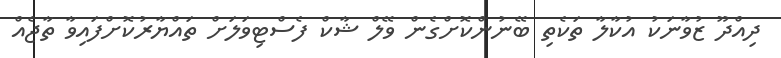
ދިއްދޫ ޒުވާނަކު އުކާލާ ތަކެތި ބޭނުންކޮށްގެން ވޭލް ޝާކް ފެސްޓިވަލަށް ތައްޔާރުކޮށްފައިވާ ތާޖެއް